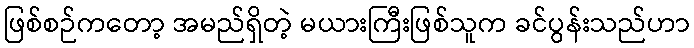
ဖြစ်စဉ်ကတော့ အမည်ရှိတဲ့ မယားကြီးဖြစ်သူက ခင်ပွန်းသည်ဟာ